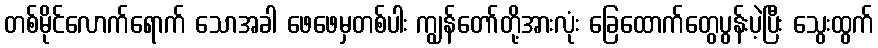
တစ်မိုင်လောက်ရောက် သောအခါ ဖေဖေမှတစ်ပါး ကျွန်တော်တို့အားလုံး ခြေထောက်တွေပွန်းပဲ့ပြီး သွေးထွက်